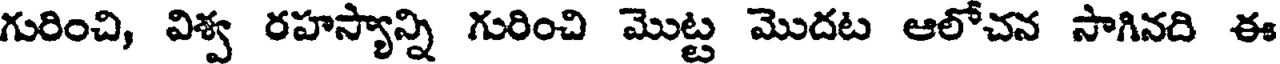
గురించి, విశ్వ రహస్యాన్ని గురించి మొట్ట మొదట ఆలోచన సాగినది ఈ